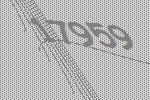
17959